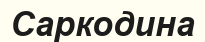
Саркодина